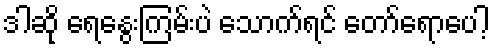
ဒါဆို ရေနွေးကြမ်းပဲ သောက်ရင် တော်ရောပေါ့